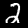
Label: 2